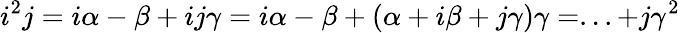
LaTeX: i^{2}j=i\alpha-\beta+ij\gamma=i\alpha-\beta+(\alpha+i\beta+j\gamma)\gamma=...+j\gamma^{2}